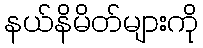
နယ်နိမိတ်များကို